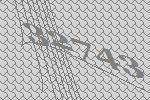
32743